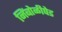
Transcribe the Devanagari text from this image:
निंबोळीपेड